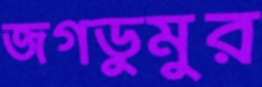
জগডুমুর